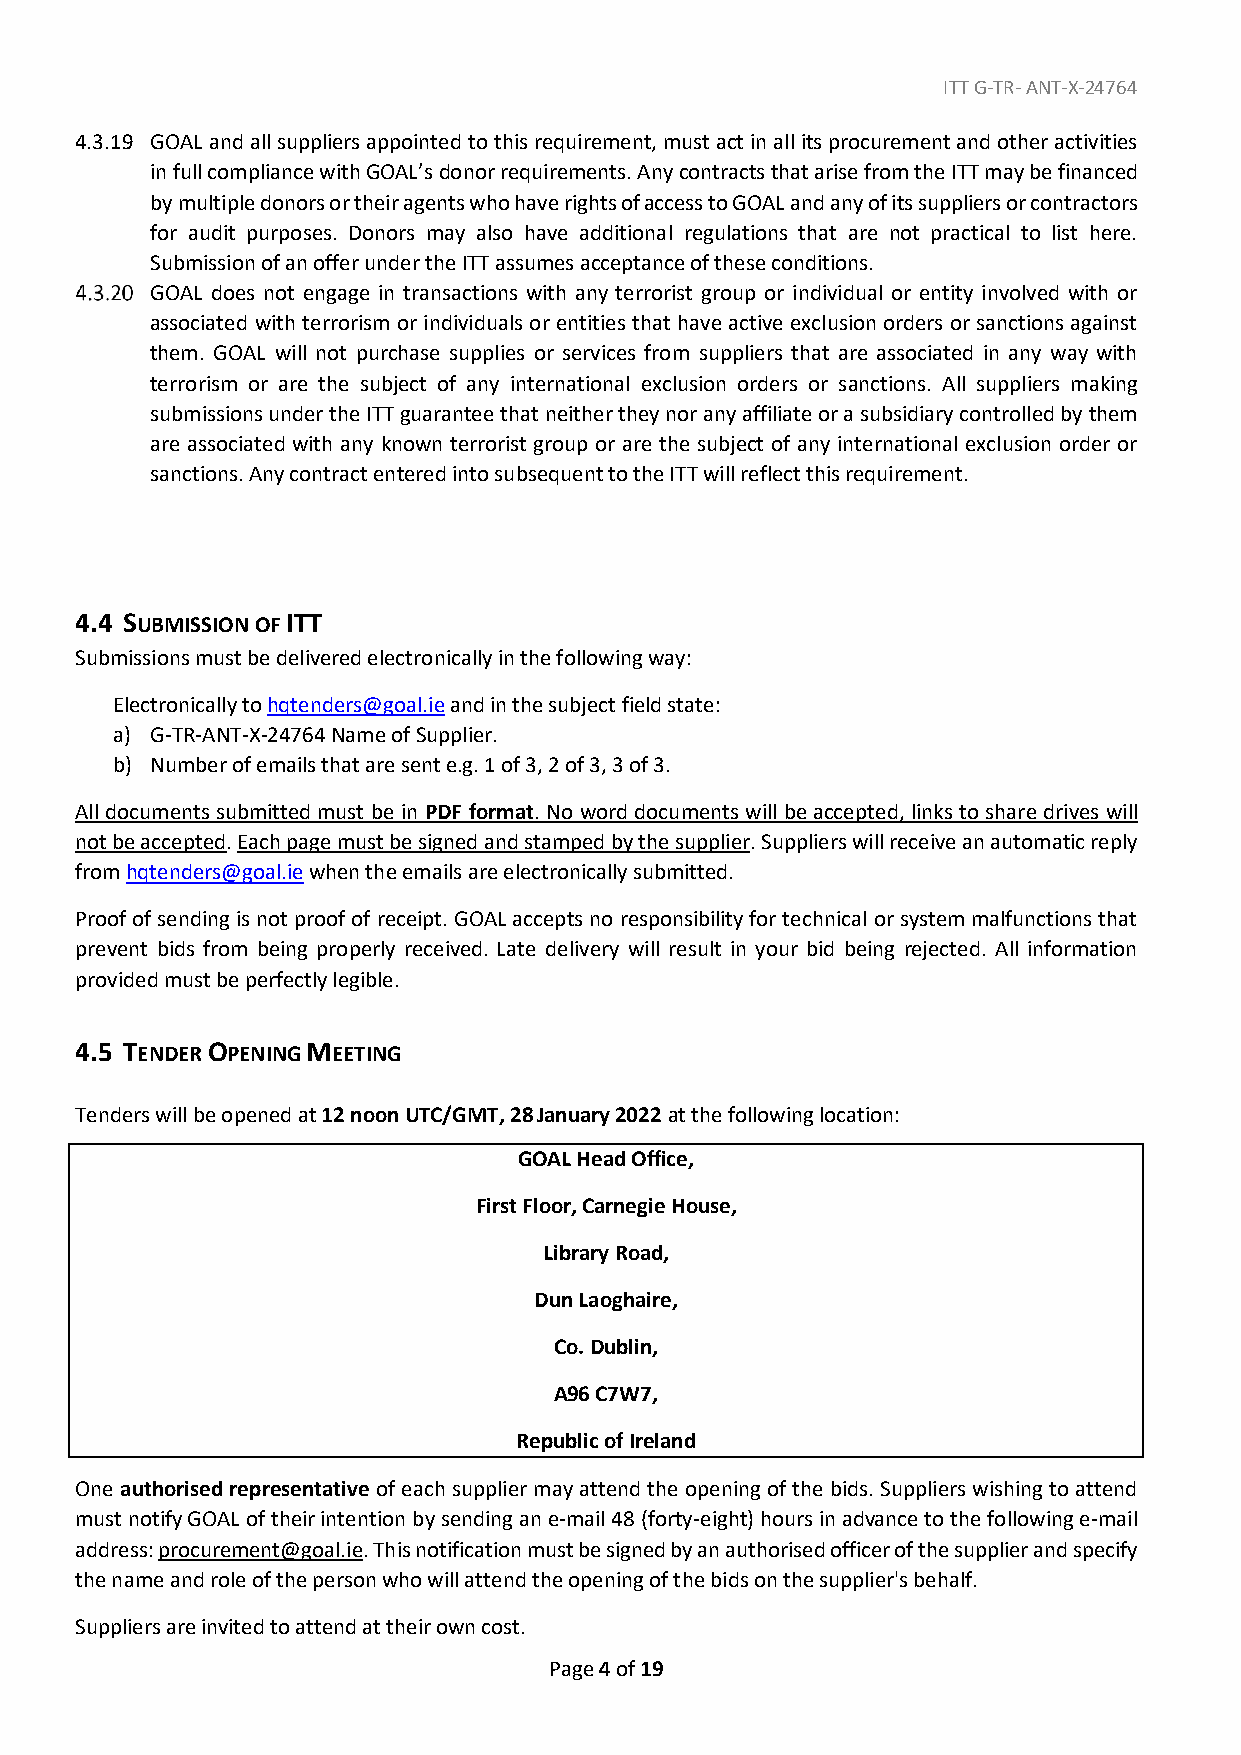
ITT G-TR- ANT-X-24764
 4.3.19 GOAL and all suppliers appointed to this requirement, must act in all its procurement and other activities
 in full compliance with GOAL’s donor requirements. Any contracts that arise from the ITT may be financed
 by multiple donors or their agents who have rights of access to GOAL and any of its suppliers or contractors
 for audit purposes. Donors may also have additional regulations that are not practical to list here.
 Submission of an offer under the ITT assumes acceptance of these conditions.
 GOAL does not engage in transactions with any terrorist group or individual or entity involved with or
 associated with terrorism or individuals or entities that have active exclusion orders or sanctions against
 them. GOAL will not purchase supplies or services from suppliers that are associated in any way with
 terrorism or are the subject of any international exclusion orders or sanctions. All suppliers making
 submissions under the ITT guarantee that neither they nor any affiliate or a subsidiary controlled by them
 are associated with any known terrorist group or are the subject of any international exclusion order or
 sanctions. Any contract entered into subsequent to the ITT will reflect this requirement.
 4.4 SUBMISSION OF ITT
 Submissions must be delivered electronically in the following way:
 Electronically to hqtenders@goal.ie and in the subject field state:
 a) G-TR-ANT-X-24764 Name of Supplier.
 b) Number of emails that are sent e.g. 1 of 3, 2 of 3, 3 of 3.
 All documents submitted must be in PDF format. No word documents will be accepted, links to share drives will
 not be accepted. Each page must be signed and stamped by the supplier. Suppliers will receive an automatic reply
 from hqtenders@goal.ie when the emails are electronically submitted.
 Proof of sending is not proof of receipt. GOAL accepts no responsibility for technical or system malfunctions that
 prevent bids from being properly received. Late delivery will result in your bid being rejected. All information
 provided must be perfectly legible.
 4.5 TENDER OPENING MEETING
 Tenders will be opened at 12 noon UTC/GMT, 28 January 2022 at the following location:
 GOAL Head Office,
 First Floor, Carnegie House,
 Library Road,
 Dun Laoghaire,
 Co. Dublin,
 A96 C7W7,
 Republic of Ireland
 One authorised representative of each supplier may attend the opening of the bids. Suppliers wishing to attend
 must notify GOAL of their intention by sending an e-mail 48 (forty-eight) hours in advance to the following e-mail
 address: procurement@goal.ie. This notification must be signed by an authorised officer of the supplier and specify
 the name and role of the person who will attend the opening of the bids on the supplier's behalf.
 Suppliers are invited to attend at their own cost.
 Page 4 of 19